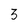
Character: 3